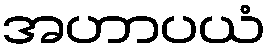
အဟာပယံ